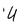
Character: U